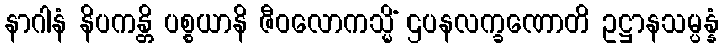
နာဂါနံ နိပကန္တိ ပစ္စယာနိ ဇီဝလောကသ္မိံ ဌပနလက္ခဏောတိ ဥဋ္ဌာနသမ္ပန္နံ